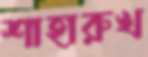
শাহারুখ